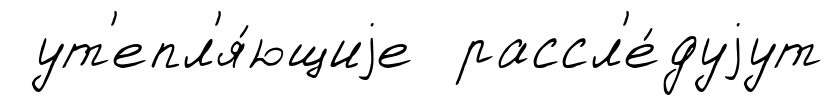
ут'епл'я́ющиjе рассл'е́дуjут